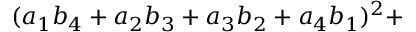
( a _ { 1 } b _ { 4 } + a _ { 2 } b _ { 3 } + a _ { 3 } b _ { 2 } + a _ { 4 } b _ { 1 } ) ^ { 2 } +